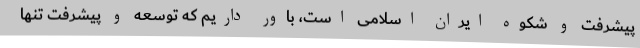
پیشرفت و شکوه ایران اسلامی است، باور داریم که توسعه و پیشرفت تنها